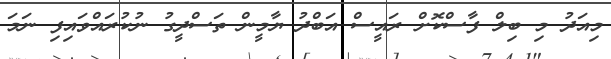
މިއަދު މި ބިލް ފާސްކޮށް ރައީސް އަބްދު ޔާމީން ތަސްދީގު ނުކުރައްވައިފި ނަމަ